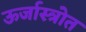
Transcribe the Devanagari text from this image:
ऊर्जास्त्रोत